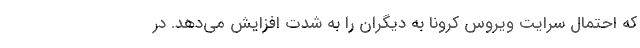
که احتمال سرایت ویروس کرونا به دیگران را به شدت افزایش می‌دهد. در